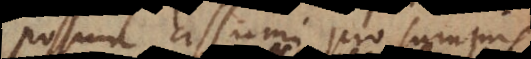
possunt assumi pro summis